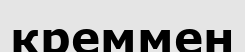
креммен